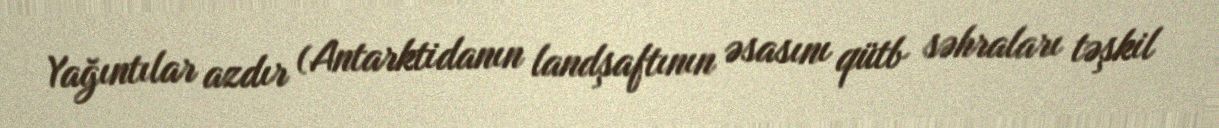
Yağıntılar azdır (Antarktidanın landşaftının əsasını qütb səhraları təşkil